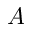
A